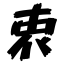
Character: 衷